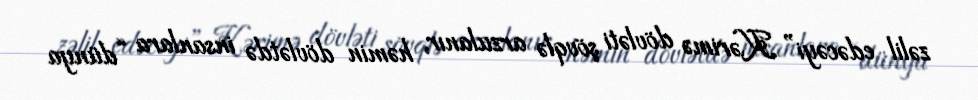
zəlil edəcəyi” Kərimə dövləti şövqlə arzulanır, həmin dövlətdə insanlara “dünya